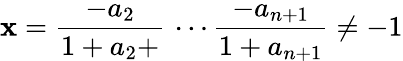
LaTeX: \mathbf{x}={\frac{{-a_{2}}}{{1+a_{2}+}}}\, \cdots{\frac{{-a_{n+1}}}{{1+a_{n+1}}}}\neq-1